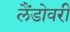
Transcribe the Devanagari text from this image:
लैंडोवरी